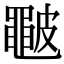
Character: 𥀩